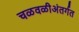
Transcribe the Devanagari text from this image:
चळवळीअंतर्गत